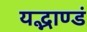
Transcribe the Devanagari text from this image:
यद्भाण्डं